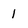
Character: 1